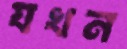
যখন